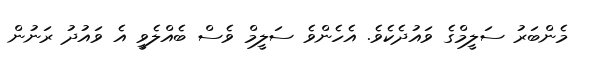
މެންބަރު ސަލީމްގެ ވައުދެކެވެ. އެހެންވެ ސަލީމް ވެސް ބެއްލެވީ އެ ވައުދު ރަނުން